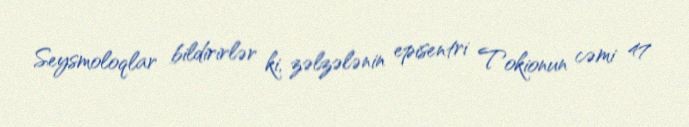
Seysmoloqlar bildirirlər ki, zəlzələnin episentri Tokionun cəmi 47